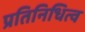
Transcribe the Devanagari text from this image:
प्रतिनिधित्व